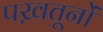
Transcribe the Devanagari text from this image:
पख़तूनों